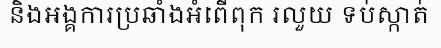
និងអង្គការប្រឆាំងអំពើពុក រលួយ ទប់ស្កាត់